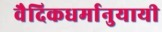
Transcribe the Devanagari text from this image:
वैदिकधर्मानुयायी